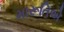
મારૂતિએ